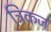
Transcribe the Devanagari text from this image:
त्रिकज